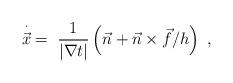
LaTeX: \begin{align*}\stackrel{\cdot}{\vec{x}}\;=\;\frac{1}{|\nabla t|} \left( \vec{n} + \vec{n} \times \vec{f}/h\right) \ ,\end{align*}